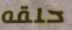
حلقه